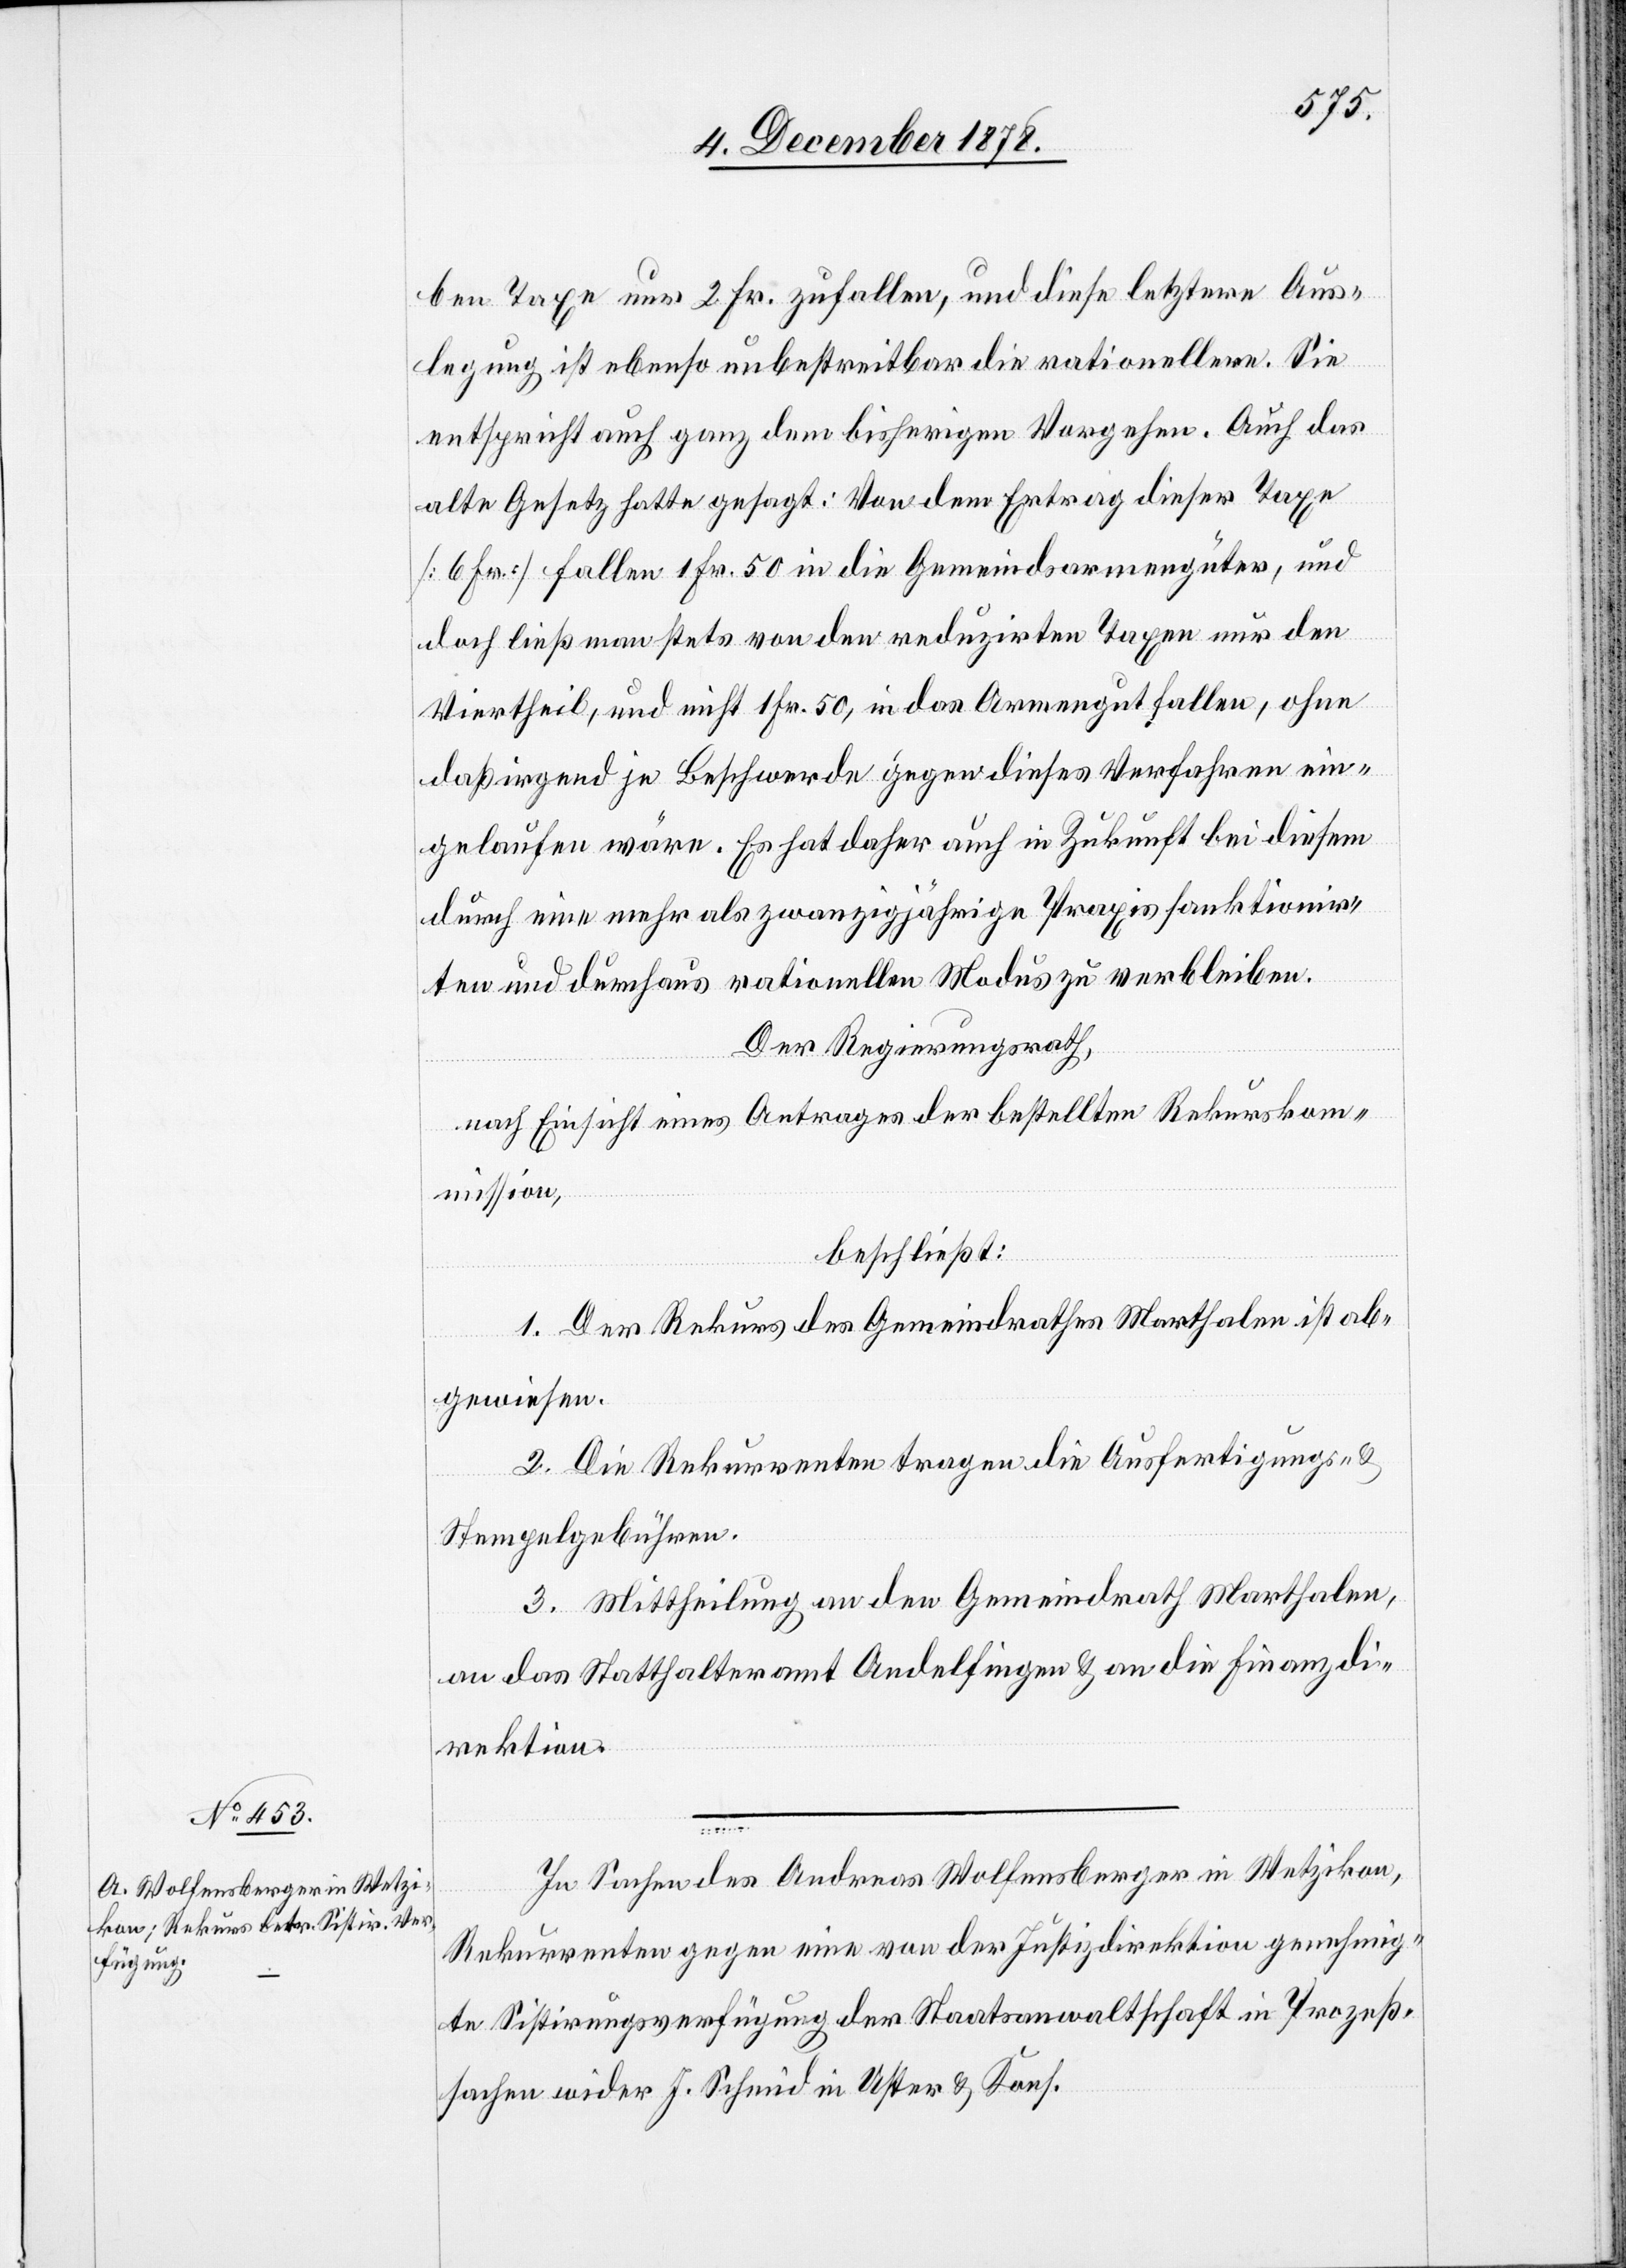
ben Taxe nur 2 Fr. zufallen, und diese letztere Aus¬
legung ist ebenso unbestreitbar die rationellere. Sie
entspricht auch ganz dem bisherigen Vorgehen, auch das
alte Gesetz hatte gesagt: Von dem Ertrag dieser Taxe
[6 Fr.] fallen 1 Fr. 50 in die Gemeindsarmengüter, und
doch ließ man stets von den reduzirten Taxen nur den
Viertheil, und nicht 1 Fr. 50, in das Armengut fallen, ohne
daß irgend je Beschwerde gegen dieses Verfahren ein¬
gelaufen wäre. Es hat daher auch in Zukunft bei diesem
durch eine mehr als zwanzigjährige Praxis sanktionir¬
ten und durchaus rationellen Modus zu verbleiben.
Der Regierungsrath,
nach Einsicht eines Antrages der bestellten Rekurskom¬
mission,
beschließt:
1. Der Rekurs des Gemeindrathes Marthalen ist ab¬
gewiesen.
2. Die Rekurrenten tragen die Ausfertigungs-
Stempelgebühren.
3. Mittheilung an den Gemeindrath Marthalen,
an das Statthalteramt Andelfingen & an die Finanzdi¬
rektion.
In Sachen des Andreas Wolfensberger in Wetzikon,
Rekurrenten gegen eine von der Justizdirektion genehmig¬
ten Sistirungsverfügung der Staatsanwaltschaft in Prozeß¬
sachen wider J. Schmid in Uster & Kons.